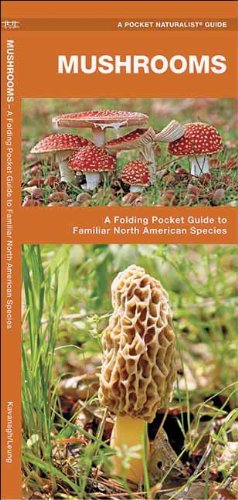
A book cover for Mushrooms: A Folding Pocket Guide to Familiar North American Species (Pocket Naturalist Guide Series); James Kavanagh; Science & Math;